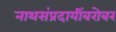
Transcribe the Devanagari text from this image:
नाथसंप्रदायींबरोबर